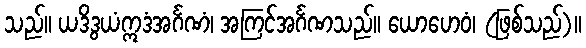
သည်။ ယဒိဒွယံဣဒံအင်္ဂဏံ၊ အကြင်အင်္ဂဏသည်။ ယောဟေဝံ၊ (ဖြစ်သည်)။